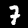
Digit: 7